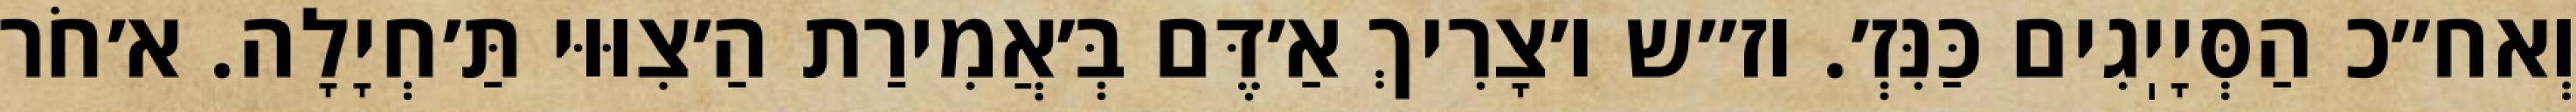
וְאח״כ הַסְּיָיֽגִים כַּנִּזְ׳. וז״ש ו׳צָרִיךְ אַ׳דֶּם בְּ׳אֲמִירַת הַ׳צִוּוּי תַּ׳חְיָלָה. א׳חֹר